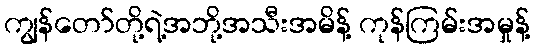
ကျွန်တော်တို့ရဲ့အဘို့အသီးအမိန့် ကုန်ကြမ်းအမှုန့်